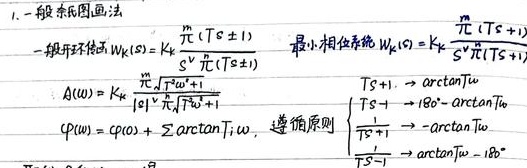
1. 一般奈氏图画法
一般开环传函 \(W_{K}(s)=K_{K}\frac{\prod_{i = 1}^{m}(T_{i}s\pm1)}{s^{v}\prod_{j = 1}^{n - v}(T_{j}s\pm1)}\)，最小相位系统 \(W_{K}(s)=K_{K}\frac{\prod_{i = 1}^{m}(T_{i}s + 1)}{s^{v}\prod_{j = 1}^{n - v}(T_{j}s + 1)}\)。
\(A(\omega)=K_{K}\frac{\prod_{i = 1}^{m}\sqrt{T_{i}^{2}\omega^{2}+1}}{\omega^{v}\prod_{j = 1}^{n - v}\sqrt{T_{j}^{2}\omega^{2}+1}}\)
\(\varphi(\omega)=\varphi_{0}(\omega)+\sum_{i}\arctan T_{i}\omega\)，遵循原则
\(\begin{cases}
\text{$T_{i}s + 1\rightarrow\arctan T_{i}\omega$}\\
\text{$T_{i}s-1\rightarrow180^{\circ}-\arctan T_{i}\omega$}\\
\text{$\frac{1}{T_{i}s + 1}\rightarrow-\arctan T_{i}\omega$}\\
\text{$\frac{1}{T_{i}s-1}\rightarrow\arctan T_{i}\omega - 180^{\circ}$}
\end{cases}\)